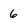
Character: 6